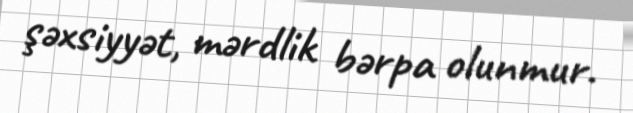
şəxsiyyət, mərdlik bərpa olunmur.